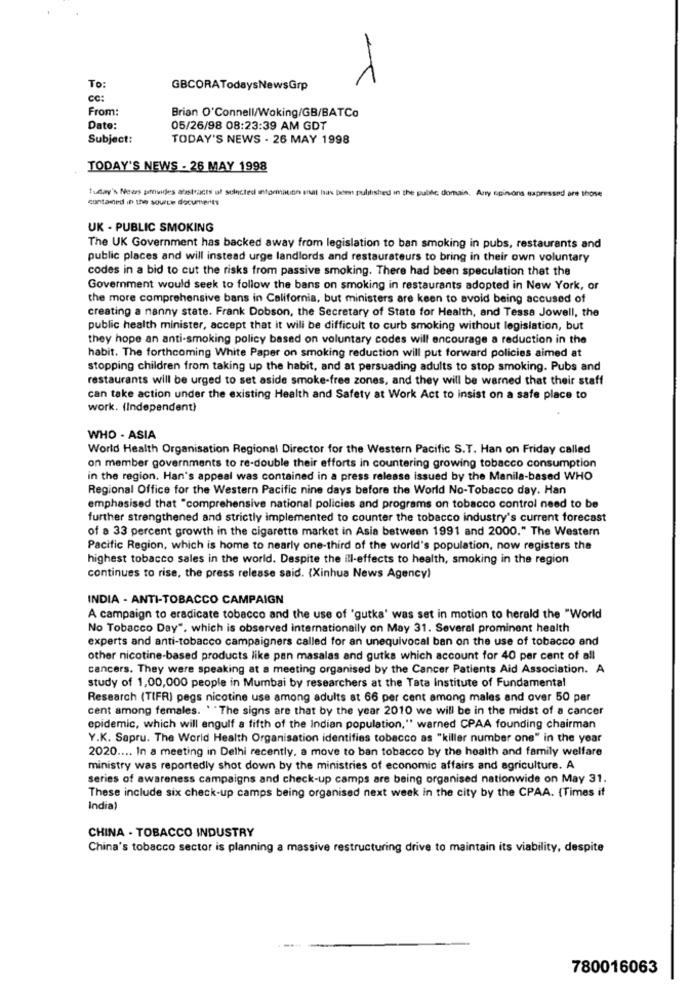
To:
GBCORATodaysNewsGrp
cc:
From:
Brian O'Connell/Woking/GB/BATCo
Date:
05/26/98 08:23:39 AM GDT
Subject:
TODAY'S NEWS - 26 MAY 1998
TODAY'S NEWS - 26 MAY 1998
Tuflay's News pfuides abstracts of selected information snat has been pulilished in the public domain. Any opinions expressed are those
contained in the source documents
UK - PUBLIC SMOKING
The UK Government has backed away from legislation to ban smoking in pubs, restaurants and
public places and will instead urge landlords and restaurateurs to bring in their own voluntary
codes in a bid to cut the risks from passive smoking. There had been speculation that the
Government would seek to follow the bans on smoking in restaurants adopted in New York, or
the more comprehensive bans in California, but ministers are keen to avoid being accused of
creating a nanny state. Frank Dobson, the Secretary of State for Health, and Tessa Jowell, the
public health minister, accept that it will be difficult to curb smoking without legislation, but
they hope an anti-smoking policy based on voluntary codes will encourage a reduction in the
habit. The forthcoming White Paper on smoking reduction will put forward policies aimed at
stopping children from taking up the habit, and at persuading adults to stop smoking. Pubs and
restaurants will be urged to set aside smoke-free zones, and they will be warned that their staff
can take action under the existing Health and Safety at Work Act to insist on a safe place to
work. (Independent)
WHO . ASIA
World Health Organisation Regional Director for the Western Pacific S.T. Han on Friday called
on member governments to re-double their efforts in countering growing tobacco consumption
in the region. Han's appeal was contained in a press release issued by the Manila-based WHO
Regional Office for the Western Pacific nine days before the World No-Tobacco day. Han
emphasised that "comprehensive national policies and programs on tobacco control need to be
further strengthened and strictly implemented to counter the tobacco industry's current forecast
of a 33 percent growth in the cigarette market in Asia between 1991 and 2000." The Western
Pacific Region, which is home to nearly one-third of the world's population, now registers the
highest tobacco sales in the world. Despite the ill-effects to health, smoking in the region
continues to rise, the press release said. (Xinhua News Agency)
INDIA - ANTI-TOBACCO CAMPAIGN
A campaign to eradicate tobacco and the use of 'gutka' was set in motion to herald the "World
No Tobacco Day", which is observed internationally on May 31. Several prominent health
experts and anti-tobacco campaigners called for an unequivocal ban on the use of tobacco and
other nicotine-based products like pan masalas and gutks which account for 40 per cent of all
cancers. They were speaking at a meeting organised by the Cancer Patients Aid Association. A
study of 1,00,000 people in Mumbai by researchers at the Tata Institute of Fundamental
Research (TIFR) pegs nicotine use among adults at 66 per cent among males and over 50 par
cent among females. " "The signs are that by the year 2010 we will be in the midst of a cancer
epidemic, which will engulf a fifth of the Indian population," warned CPAA founding chairman
Y.K. Sapru. The World Health Organisation identifies tobacco as "killer number one" in the year
2020 .... In a meeting in Delhi recently, a move to ban tobacco by the health and family welfare
ministry was reportedly shot down by the ministries of economic affairs and agriculture. A
series of awareness campaigns and check-up camps are being organised nationwide on May 31.
These include six check-up camps being organised next week in the city by the CPAA. {Times if
India)
CHINA - TOBACCO INDUSTRY
China's tobacco sector is planning a massive restructuring drive to maintain its viability, despite
780016063